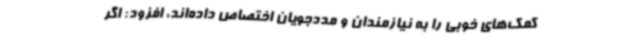
کمک‌های خوبی را به نیازمندان و مددجویان اختصاص داده‌اند، افزود: اگر